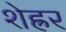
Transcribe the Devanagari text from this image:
शेह्रर